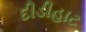
દીડીહાટ